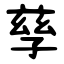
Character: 孳